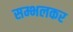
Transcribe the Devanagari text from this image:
सम्भलकर